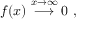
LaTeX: f ( x ) \stackrel { x \rightarrow \infty } { \longrightarrow } 0 \ ,